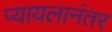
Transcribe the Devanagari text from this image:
प्यायलानंतर